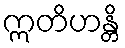
ဣတိဟန္တိ